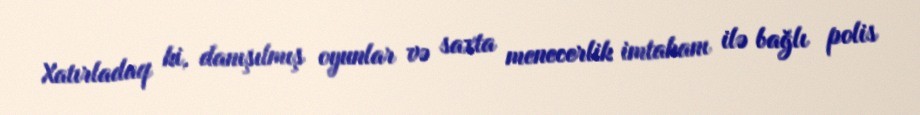
Xatırladaq ki, danışılmış oyunlar və saxta menecerlik imtahanı ilə bağlı polis